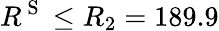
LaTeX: R^{\mathrm{~S~}}\leq R_{2}=189.9